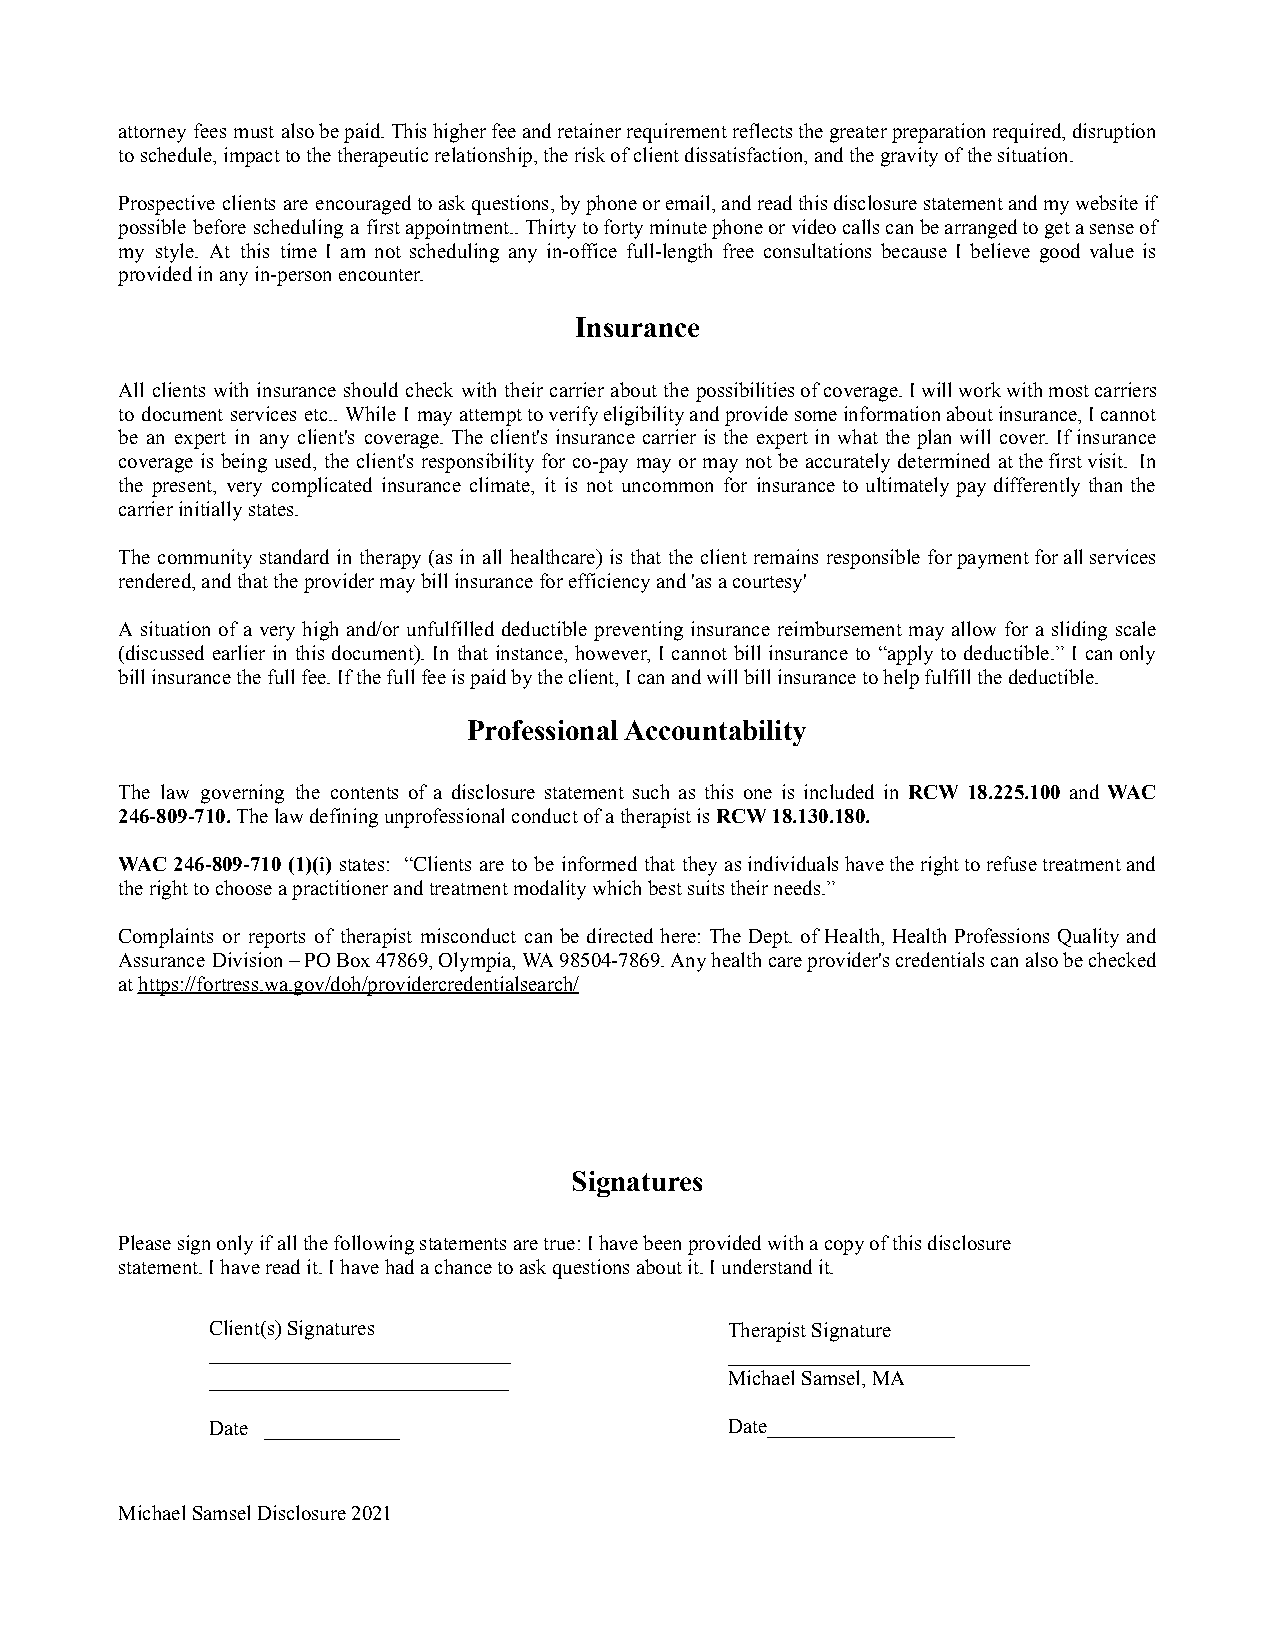
attorney fees must alsobepaid.Thishigherfeeandretainerrequirementreflectsthegreaterpreparationrequired,disruption
 to schedule, impact to the therapeutic relationship, the risk of client dissatisfaction, and the gravity of the situation.
 Prospective clients are encouragedtoaskquestions,byphoneoremail,andreadthisdisclosurestatementandmywebsiteif
 possible before scheduling a firstappointment..Thirtytofortyminutephoneorvideocallscanbearrangedtogetasenseof
 my style. At this time I am not scheduling any in-office full-length free consultations because I believe good value is
 provided in any in-person encounter.
 Insurance
 All clients with insurance should check with their carrier about the possibilitiesofcoverage.Iwillworkwithmostcarriers
 to document services etc.. While I may attempttoverifyeligibilityandprovidesomeinformationaboutinsurance,Icannot
 be an expert in any client's coverage. The client's insurance carrier is the expert in what the plan will cover. If insurance
 coverage is being used, the client's responsibility for co-pay may or may not be accurately determined atthefirstvisit. In
 the present, very complicated insurance climate, it is not uncommon for insurance to ultimately pay differently than the
 carrier initially states.
 The community standard in therapy (as in all healthcare) is that the client remains responsible forpaymentforallservices
 rendered, and that the provider may bill insurance for efficiency and 'as a courtesy'
 A situation of a very high and/or unfulfilled deductible preventing insurance reimbursement may allow for a sliding scale
 (discussed earlier in this document). In that instance, however, I cannot bill insurance to “apply to deductible.” I canonly
 bill insurance the full fee. If the full fee is paid by the client, I can and will bill insurance to help fulfill the deductible.
 Professional Accountability
 The law governing the contents of a disclosure statement such as this one is included in RCW 18.225.100 and WAC
 246-809-710.The law defining unprofessional conductof a therapist isRCW 18.130.180.
 WAC 246-809-710 (1)(i) states: “Clients are to be informed that they asindividualshavetherighttorefusetreatmentand
 the right to choose a practitioner and treatment modality which best suits their needs.”
 Complaints or reports of therapist misconduct can be directed here: The Dept. of Health, Health Professions Quality and
 Assurance Division–POBox47869,Olympia,WA98504-7869.Anyhealthcareprovider'scredentialscanalsobechecked
 athttps://fortress.wa.gov/doh/providercredentialsearch/
 Signatures
 Please sign only if all the following statements are true: I have been provided with a copy of this disclosure
 statement. I have read it. I have had a chance to ask questions about it. I understand it.
 Client(s) Signatures              Therapist Signature
 _____________________________     _____________________________
 ________________________          Michael Samsel, MA
 Date _____________                Date__________________
 Michael Samsel Disclosure 2021